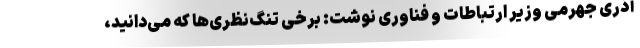
آذری جهرمی وزیر ارتباطات و فناوری نوشت: برخی تنگ‌نظری‌ها که می‌دانید،